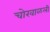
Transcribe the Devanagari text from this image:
चोखाळली